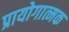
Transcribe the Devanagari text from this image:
प्रायोगात्मक